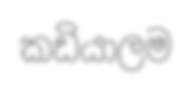
කඩියාලම